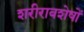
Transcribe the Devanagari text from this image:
शरीरावशेषों